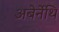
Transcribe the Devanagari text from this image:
अबेर्नेथि